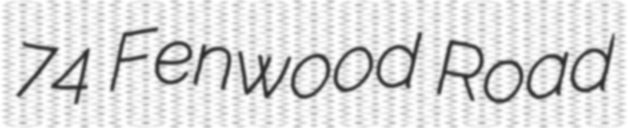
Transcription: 74 Fenwood Road